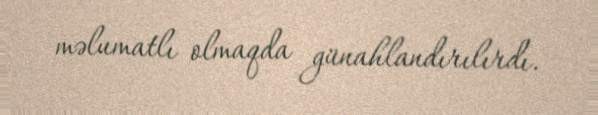
məlumatlı olmaqda günahlandırılırdı.